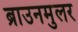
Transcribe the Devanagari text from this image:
ब्राउनमुलर